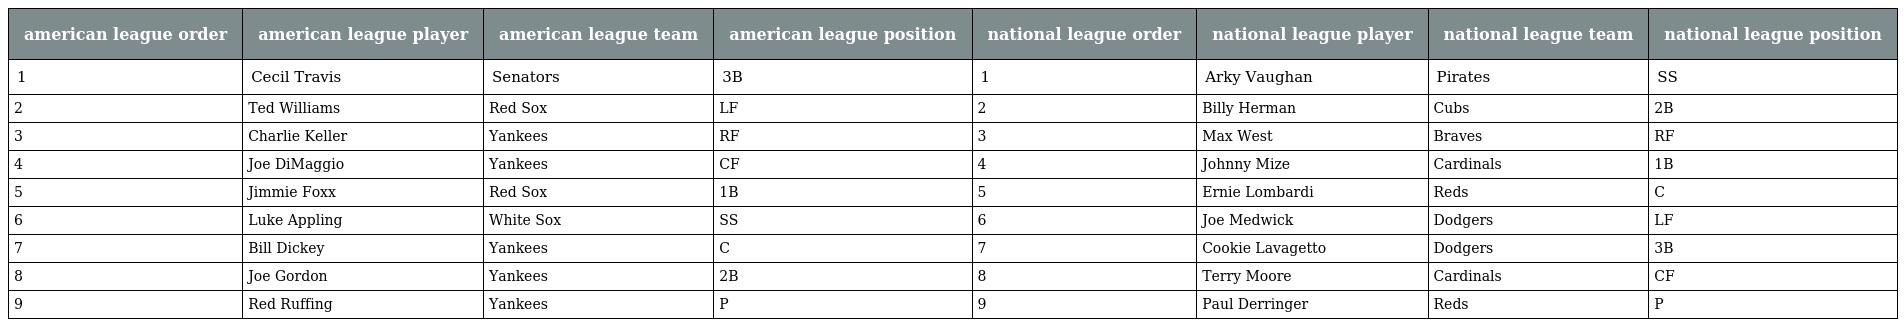
| american league order | american league player | american league team | american league position | national league order | national league player | national league team | national league position |
 | --- | --- | --- | --- | --- | --- | --- | --- |
 | 1 | Cecil Travis | Senators | 3B | 1 | Arky Vaughan | Pirates | SS |
 | 2 | Ted Williams | Red Sox | LF | 2 | Billy Herman | Cubs | 2B |
 | 3 | Charlie Keller | Yankees | RF | 3 | Max West | Braves | RF |
 | 4 | Joe DiMaggio | Yankees | CF | 4 | Johnny Mize | Cardinals | 1B |
 | 5 | Jimmie Foxx | Red Sox | 1B | 5 | Ernie Lombardi | Reds | C |
 | 6 | Luke Appling | White Sox | SS | 6 | Joe Medwick | Dodgers | LF |
 | 7 | Bill Dickey | Yankees | C | 7 | Cookie Lavagetto | Dodgers | 3B |
 | 8 | Joe Gordon | Yankees | 2B | 8 | Terry Moore | Cardinals | CF |
 | 9 | Red Ruffing | Yankees | P | 9 | Paul Derringer | Reds | P |